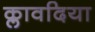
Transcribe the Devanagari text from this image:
क्लावदिया